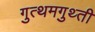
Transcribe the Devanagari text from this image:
गुत्थमगुथ्ती